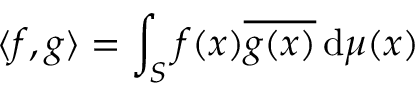
\langle f , g \rangle = \int _ { S } f ( x ) { \overline { { g ( x ) } } } \, \mathrm { d } \mu ( x )